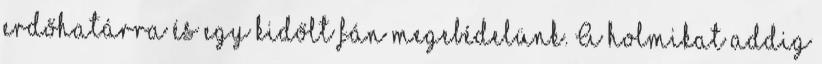
erdőhatárra és egy kidőlt fán megebédelünk. A holmikat addig